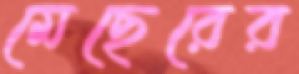
মেছেরের